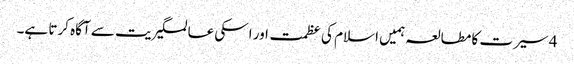
4 سیرت کا مطالعہ ہمیں اسلام کی عظمت اور اسکی عالمگیریت سے آگاہ کرتا ہے۔